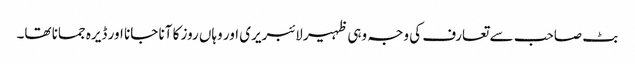
بٹ صاحب سے تعارف کی وجہ وہی ظہیر لائبریری اور وہاں روز کا آنا جانا اور ڈیرہ جمانا تھا۔